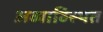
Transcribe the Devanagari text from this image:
अव्याव्स्थित